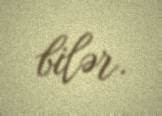
bilər.